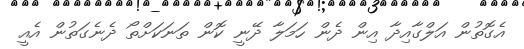
އެގޮތުން އަލްގާއިދާ އިން ދެން ހަމަލާ ދޭނީ ކޮން ތަނަކަށްތޯ ދެނެގަތުން އެއީ